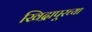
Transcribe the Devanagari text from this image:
खिद्रापूरच्या